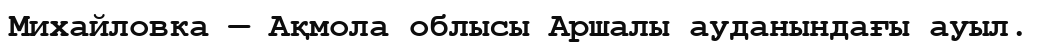
Михайловка — Ақмола облысы Аршалы ауданындағы ауыл.